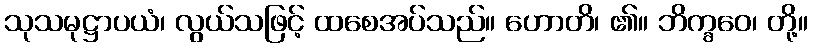
သုသမုဋ္ဌာပယံ၊ လွယ်သဖြင့် ထစေအပ်သည်။ ဟောတိ၊ ၏။ ဘိက္ခဝေ၊ တို့။